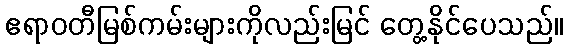
ဧရာဝတီမြစ်ကမ်းများကိုလည်းမြင် တွေ့နိုင်ပေသည်။